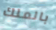
بالملك